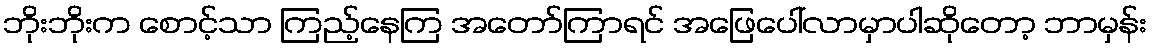
ဘိုးဘိုးက စောင့်သာ ကြည့်နေကြ အတော်ကြာရင် အဖြေပေါ်လာမှာပါဆိုတော့ ဘာမှန်း